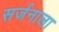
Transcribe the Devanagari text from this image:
सर्जनाला